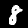
Label: 8